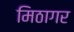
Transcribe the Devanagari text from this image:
मिठागर